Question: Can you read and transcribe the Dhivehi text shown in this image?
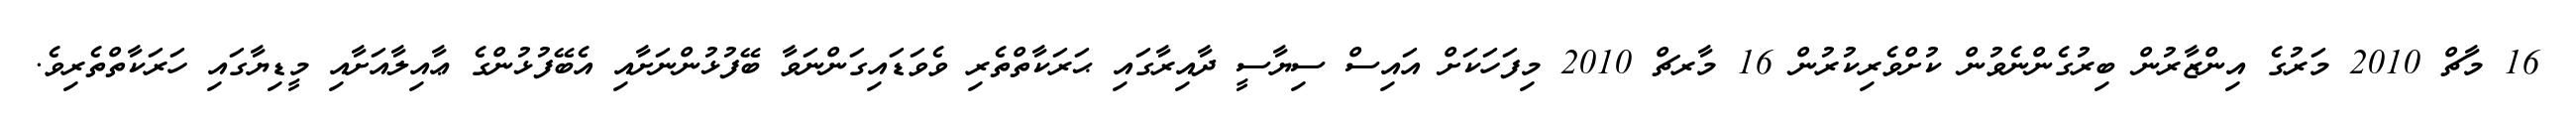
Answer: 16 މާޗް 2010 މަރުގެ އިންޒާރުން ބިރުގެންނެވުން ކުށްވެރިކުރުން 16 މާރޗް 2010 މިފަހަކަށް އައިސް ސިޔާސީ ދާއިރާގައި ޙަރަކާތްތެރި ވެވަޑައިގަންނަވާ ބޭފުޅުންނަށާއި އެބޭފުޅުންގެ ޢާއިލާއަށާއި މީޑިޔާގައި ހަރަކާތްތެރިވެ.